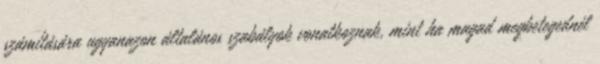
számítására ugyanazon általános szabályok vonatkoznak, mint ha magad megbetegednél